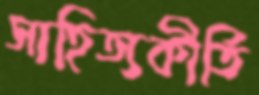
সাহিত্যকীর্তি